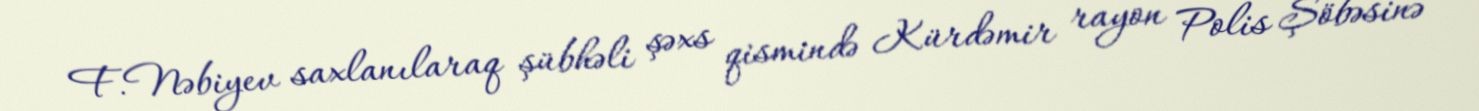
F.Nəbiyev saxlanılaraq şübhəli şəxs qismində Kürdəmir rayon Polis Şöbəsinə